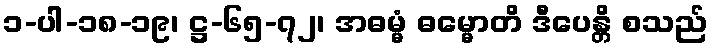
၁-ပါ-၁၈-၁၉၊ ဋ္ဌ-၆၅-၇၂၊ အဓမ္မံ ဓမ္မောတိ ဒီပေန္တိ စသည်